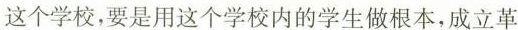
这个学校，要是用这个学校内的学生做根本，成立革